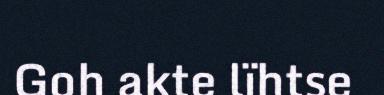
Goh akte lïhtse